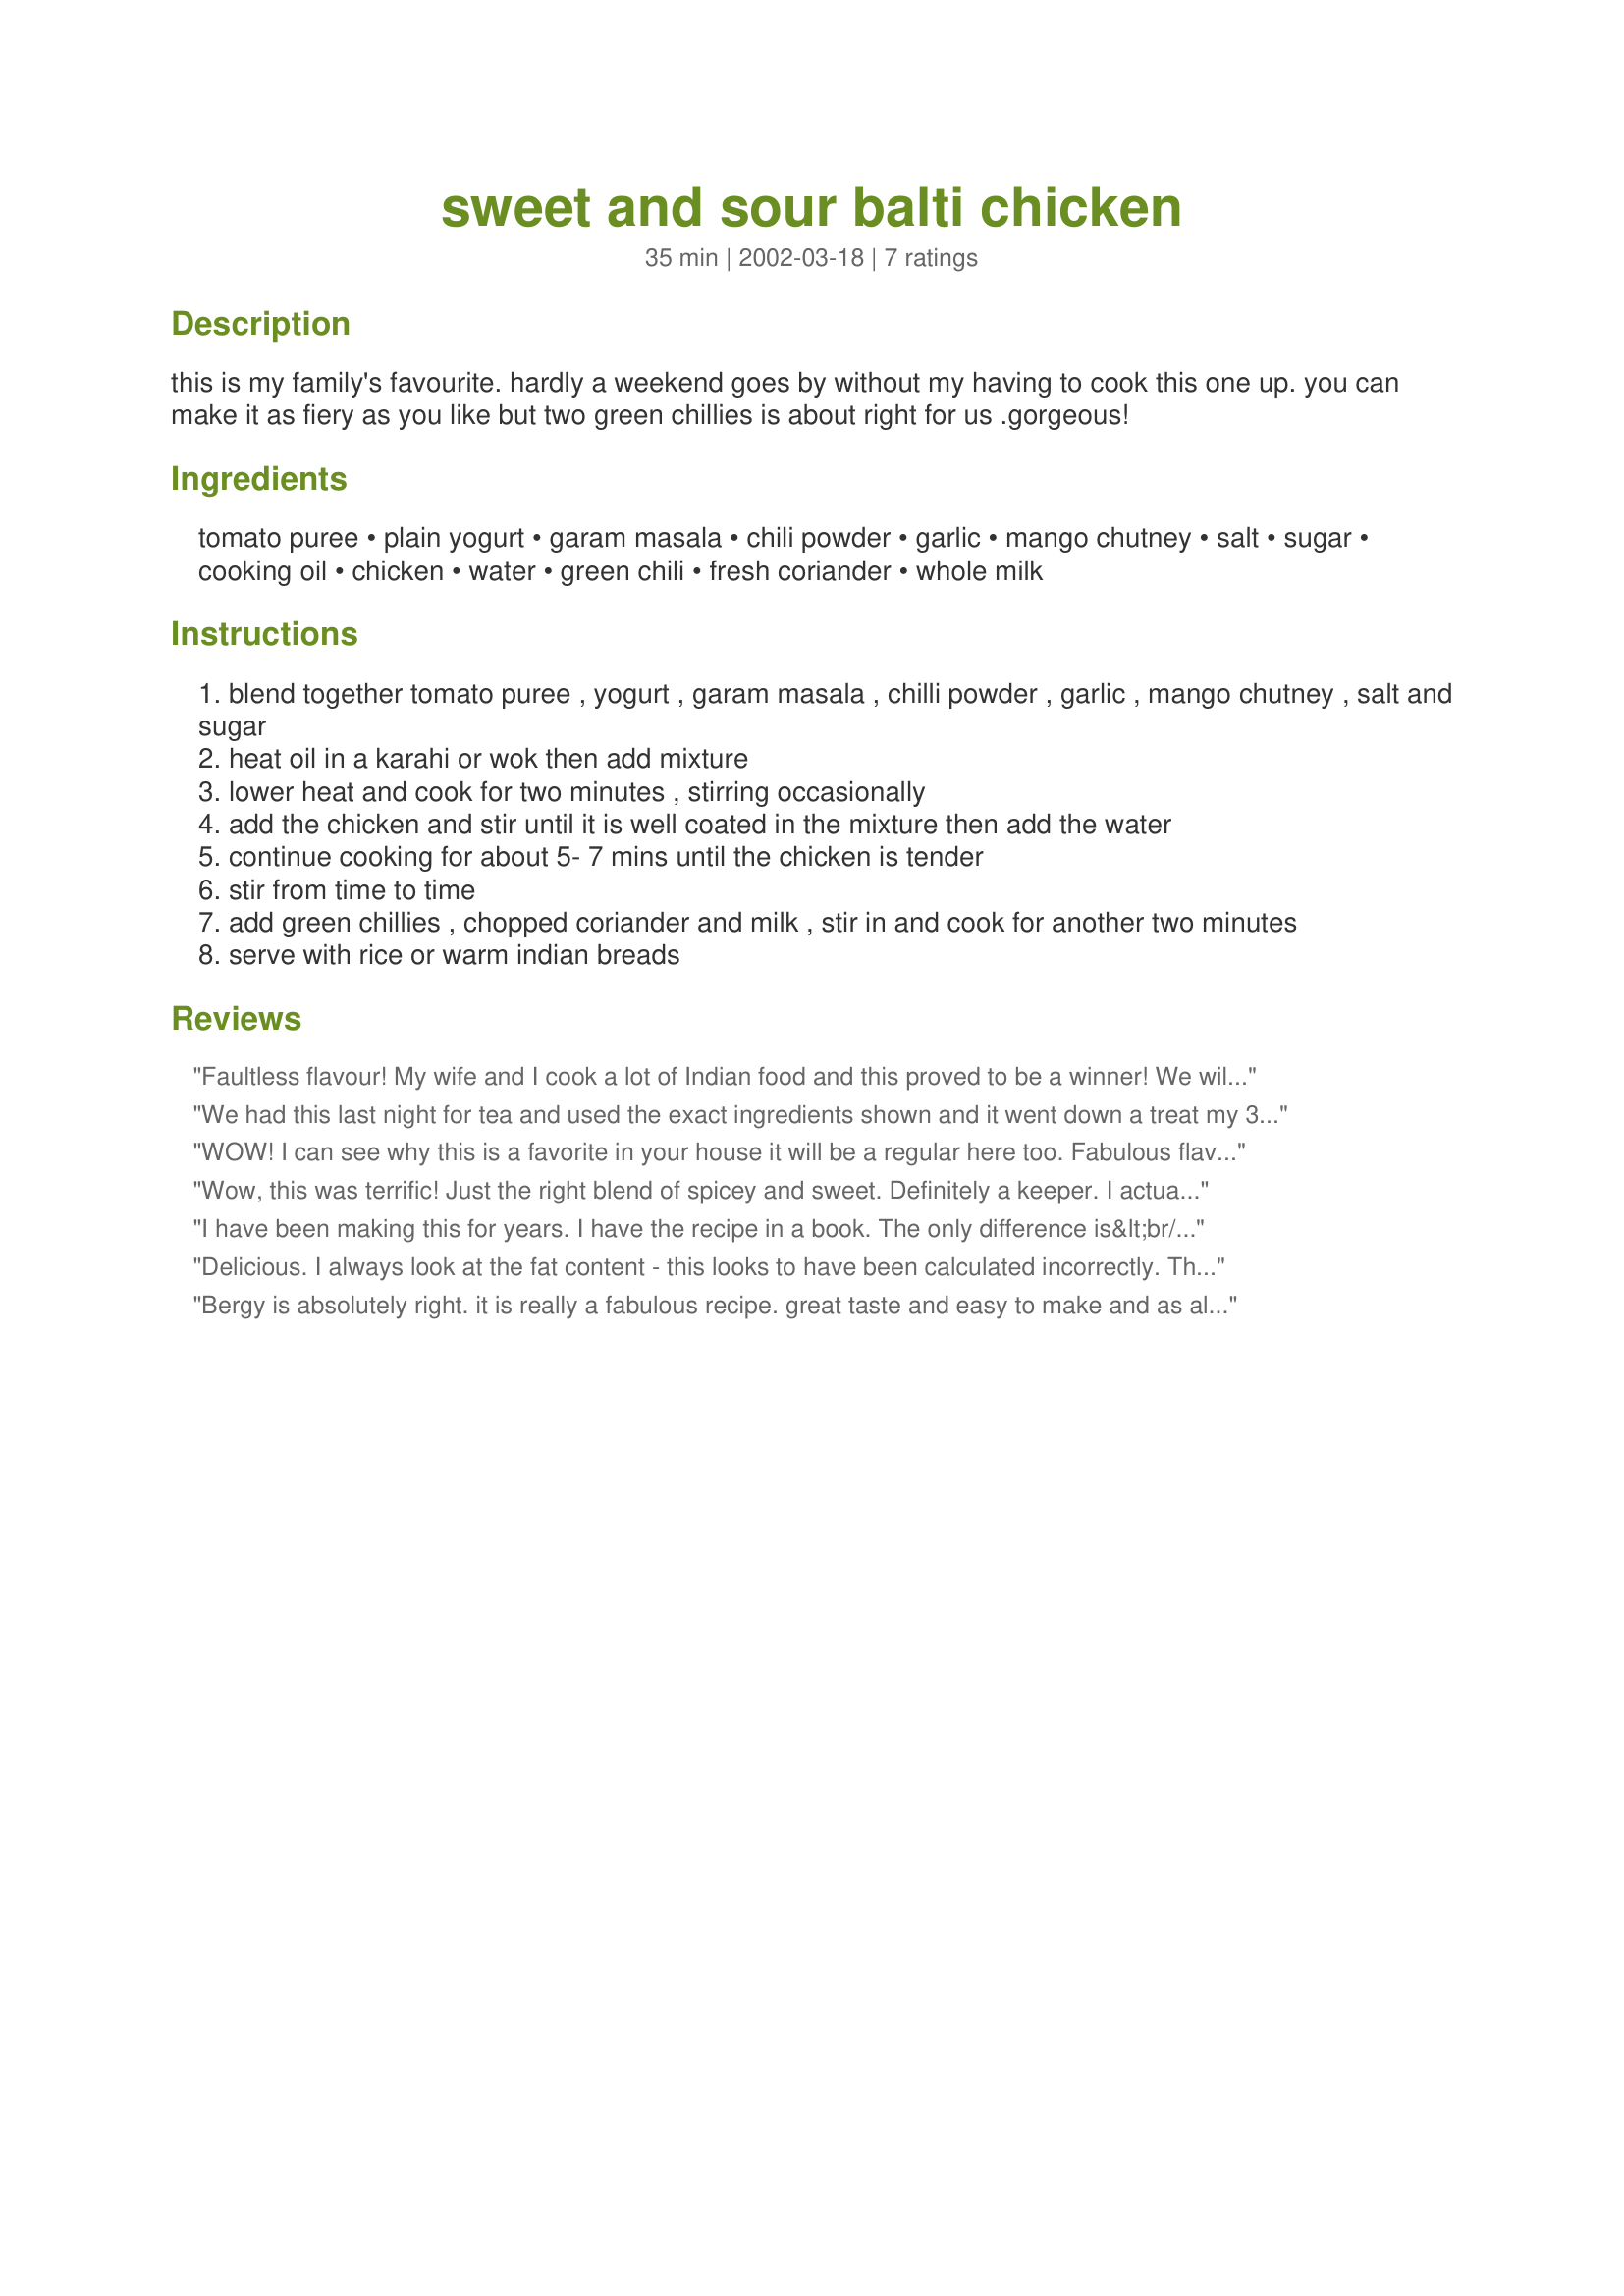
sweet and sour balti chicken
Preparation time: 35 minutes

this is my family's favourite. hardly a weekend goes by without my having to cook this one up. you can make it as fiery as you like but two green chillies is about right for us .gorgeous!

Ingredients:
tomato puree, plain yogurt, garam masala, chili powder, garlic, mango chutney, salt, sugar, cooking oil, chicken, water, green chili, fresh coriander, whole milk

Steps:
blend together tomato puree , yogurt , garam masala , chilli powder , garlic , mango chutney , salt and sugar
heat oil in a karahi or wok then add mixture
lower heat and cook for two minutes , stirring occasionally
add the chicken and stir until it is well coated in the mixture then add the water
continue cooking for about 5- 7 mins until the chicken is tender
stir from time to time
add green chillies , chopped coriander and milk , stir in and cook for another two minutes
serve with rice or warm indian breads

Reviews:
Faultless flavour! My wife and I cook a lot of Indian food and this proved to be a winner! We will be cooking this again in the not to distant future. For our particular tastes, I removed the cooked chicken and reduced the sauce to a thickish texture before serving. Great recipe!
We had this last night for tea and used the exact ingredients shown and it went down a treat my 3 children loved it along with me and my husband, I will definately recommend this recipe and I will be using this recipe alot in the future, thankyou!!
WOW! I can see why this is a favorite in your house it will be a regular here too. Fabulous flavor, I served it over rice with baby carrots and a salad. I used my own chutney (it is apple based but tastes like mango), 3 chili peppers and definately fresh coriander. Thanks Kevin for a great recipe
Wow, this was terrific! Just the right blend of spicey and sweet. Definitely a keeper. I actually added two serrano chiles in addition to the ones in the recipe, and it was just spicey enough for my husband, but not too spicey, so everyone else enjoyed it as well. Thanks for a new "family recipe"!
I have been making this for years. I have the recipe in a book. The only difference is&lt;br/&gt;&lt;br/&gt;Greek yoghurt not plain&lt;br/&gt;Single cream not milk &lt;br/&gt;&lt;br/&gt;Making it tomorrow for family
Delicious. I always look at the fat content - this looks to have been calculated incorrectly. There's no way each serving contains that much fat when there is not one fatty ingredient aside from the oil (which can be reduced). Very nice dish and we cook a lot of Indian
Bergy is absolutely right. it is really a fabulous recipe. great taste and easy to make and as all ingredients r always available in my kitchen so it will be a good & quick recipe for unexpected guests. though while cooking it i was a bit shaky whether everyone will like it or not becoz of the sweet taste but everyone loved it here :)
